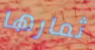
ثمارها